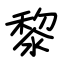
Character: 黎